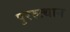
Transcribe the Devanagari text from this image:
पुररुत्थान